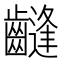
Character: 𱌤